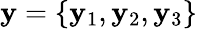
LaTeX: \mathbf{y}=\{ \mathbf{y}_{1},\mathbf{y}_{2},\mathbf{y}_{3}\}